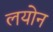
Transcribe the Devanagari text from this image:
लयोन